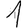
Digit: 1